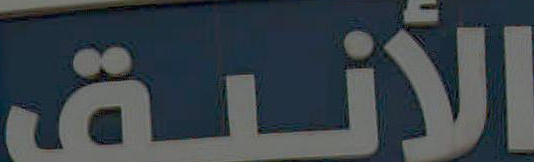
الأنيق